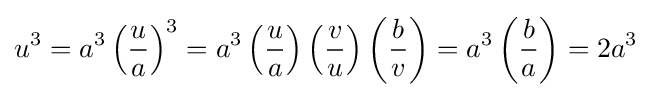
u^{3}=a^{3}\left({\frac {u}{a}}\right)^{3}=a^{3}\left({\frac {u}{a}}\right)\left({\frac {v}{u}}\right)\left({\frac {b}{v}}\right)=a^{3}\left({\frac {b}{a}}\right)=2a^{3}